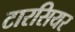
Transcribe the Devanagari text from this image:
टारसियर